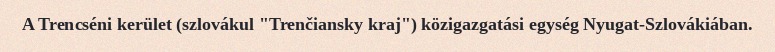
A Trencséni kerület (szlovákul "Trenčiansky kraj") közigazgatási egység Nyugat-Szlovákiában.